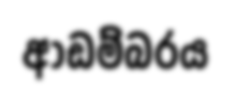
ආඩම්බරය